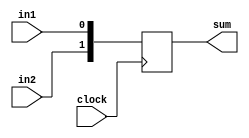
module SumControl (clock,in1,in2,sum);
input clock;
input in1;
input in2;
output reg [1:0] sum;

always@(posedge clock)
begin

sum[0]<=in1;
sum[1]<=in2;

end
endmodule